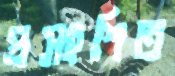
প্রসংশিত